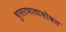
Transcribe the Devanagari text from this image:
चुलतभावासोबत